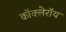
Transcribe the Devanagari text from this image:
कॉक्लेरॉय